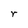
Character: r